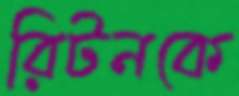
রিটনকে